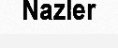
Nazler